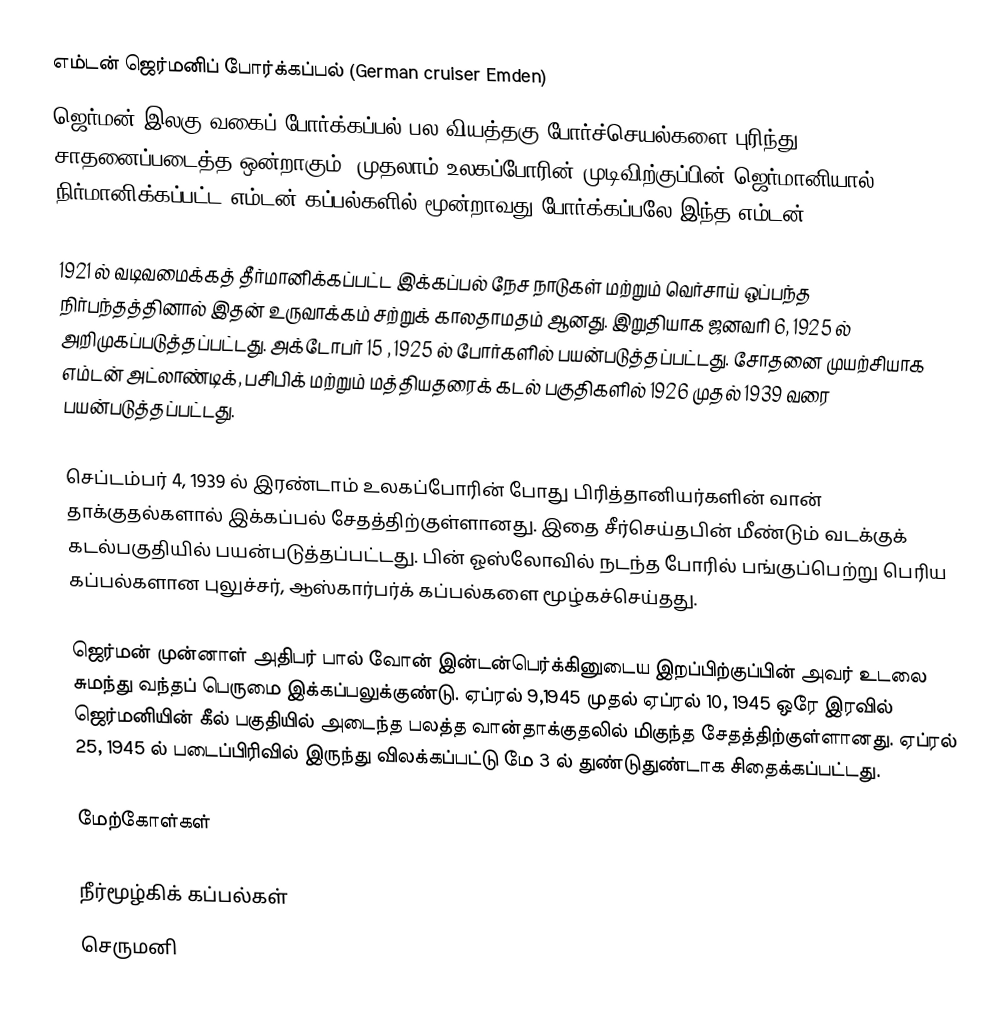
எம்டன் ஜெர்மனிப் போர்க்கப்பல்  (German cruiser Emden)
ஜெர்மன் இலகு வகைப் போர்க்கப்பல் பல வியத்தகு போர்ச்செயல்களை புரிந்து சாதனைப்படைத்த ஒன்றாகும். முதலாம் உலகப்போரின் முடிவிற்குப்பின் ஜெர்மானியால் நிர்மானிக்கப்பட்ட எம்டன் கப்பல்களில் மூன்றாவது போர்க்கப்பலே இந்த எம்டன்.

1921 ல் வடிவமைக்கத் தீர்மானிக்கப்பட்ட இக்கப்பல் நேச நாடுகள் மற்றும் வெர்சாய் ஒப்பந்த நிர்பந்தத்தினால் இதன் உருவாக்கம் சற்றுக் காலதாமதம் ஆனது. இறுதியாக ஜனவரி 6, 1925 ல் அறிமுகப்படுத்தப்பட்டது. அக்டோபர் 15 , 1925 ல் போர்களில் பயன்படுத்தப்பட்டது. சோதனை முயற்சியாக எம்டன் அட்லாண்டிக், பசிபிக் மற்றும் மத்தியதரைக் கடல் பகுதிகளில் 1926 முதல் 1939 வரை பயன்படுத்தப்பட்டது.

செப்டம்பர் 4, 1939 ல் இரண்டாம் உலகப்போரின் போது பிரித்தானியர்களின் வான் தாக்குதல்களால் இக்கப்பல் சேதத்திற்குள்ளானது. இதை சீர்செய்தபின் மீண்டும் வடக்குக் கடல்பகுதியில் பயன்படுத்தப்பட்டது. பின் ஓஸ்லோவில் நடந்த போரில் பங்குப்பெற்று பெரிய கப்பல்களான புலுச்சர், ஆஸ்கார்பர்க் கப்பல்களை மூழ்கச்செய்தது.

ஜெர்மன் முன்னாள் அதிபர் பால் வோன் இன்டன்பெர்க்கினுடைய இறப்பிற்குப்பின் அவர் உடலை சுமந்து வந்தப் பெருமை இக்கப்பலுக்குண்டு. ஏப்ரல் 9,1945 முதல் ஏப்ரல் 10, 1945 ஒரே இரவில் ஜெர்மனியின் கீல் பகுதியில் அடைந்த பலத்த வான்தாக்குதலில் மிகுந்த சேதத்திற்குள்ளானது. ஏப்ரல் 25, 1945 ல் படைப்பிரிவில் இருந்து விலக்கப்பட்டு மே 3 ல் துண்டுதுண்டாக சிதைக்கப்பட்டது.

மேற்கோள்கள்

நீர்மூழ்கிக் கப்பல்கள்
செருமனி